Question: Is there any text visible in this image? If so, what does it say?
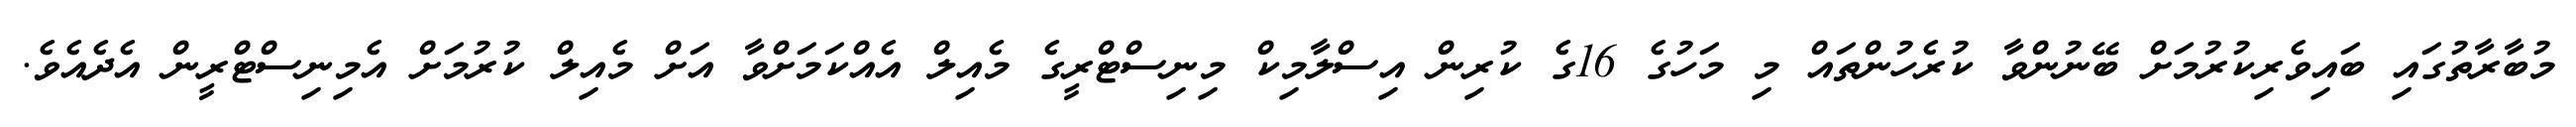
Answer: މުބާރާތުގައި ބައިވެރިކުރުމަށް ބޭނުންވާ ކުރެހުންތައް މި މަހުގެ 16ގެ ކުރިން އިސްލާމިކް މިނިސްޓްރީގެ މެއިލް އެއްކަމަށްވާ އަށް މެއިލް ކުރުމަށް އެމިނިސްޓްރީން އެދެއެވެ.